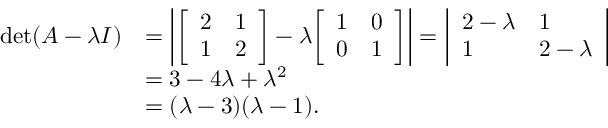
{ \begin{array} { r l } { \operatorname* { d e t } ( A - \lambda I ) } & { = \left| { \left[ \begin{array} { l l } { 2 } & { 1 } \\ { 1 } & { 2 } \end{array} \right] } - \lambda { \left[ \begin{array} { l l } { 1 } & { 0 } \\ { 0 } & { 1 } \end{array} \right] } \right| = { \left| \begin{array} { l l } { 2 - \lambda } & { 1 } \\ { 1 } & { 2 - \lambda } \end{array} \right| } } \\ & { = 3 - 4 \lambda + \lambda ^ { 2 } } \\ & { = ( \lambda - 3 ) ( \lambda - 1 ) . } \end{array} }